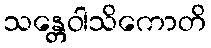
သန္တေဝါသိကောတိ